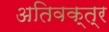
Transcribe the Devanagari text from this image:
अतिवक्त्र